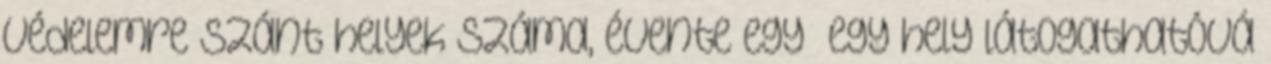
védelemre szánt helyek száma, évente egy –egy hely látogathatóvá